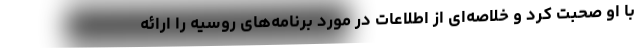
با او صحبت کرد و خلاصه‌ای از اطلاعات در مورد برنامه‌های روسیه را ارائه